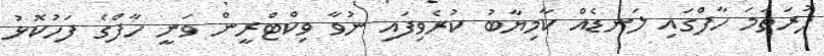
ފުރަތަމަ ހާފްގައި ލަނޑެއް ކާމިޔާބު ކުރެވިފައި ނުވާ ވިކްޓްރީން ވަނީ ހާފްގެ ފަހުކޮޅު